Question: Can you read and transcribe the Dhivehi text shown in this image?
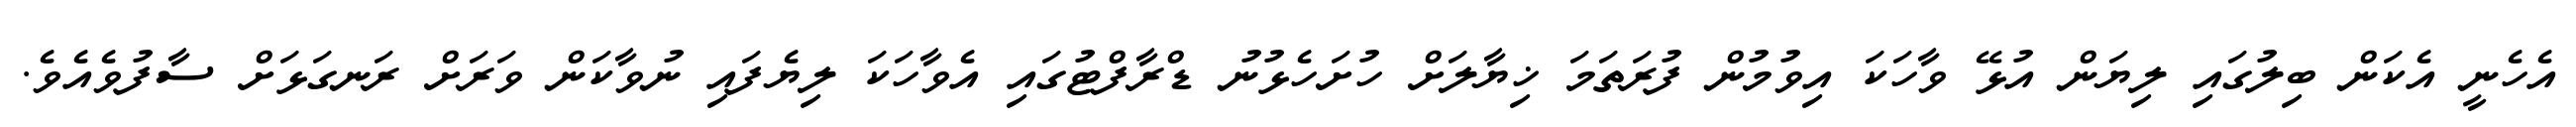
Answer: އެހެނީ އެކަން ބިލުގައި ލިޔަން އުޅޭ ވާހަކަ އިވުމުން ފުރަތަމަ ޚިޔާލަށް ހުށަހެޅުނު ޑްރާފްޓުގައި އެވާހަކަ ލިޔެފައި ނުވާކަން ވަރަށް ރަނގަޅަށް ސާފުވެއެވެ.